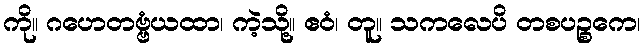
ကို။ ဂဟေတဗ္ဗံယထာ၊ ကဲ့သို့။ ဧဝံ၊ တူ။ သကလေပိ တစပဉ္စကေ၊